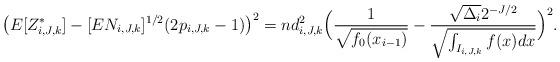
LaTeX: \begin{align*}\big(E[Z_{i,J,k}^{*}] - [EN_{i,J,k}]^{1/2} (2p_{i,J,k}-1)\big)^2&= n d_{i,J,k}^2\Big( \frac 1{\sqrt{f_0(x_{i-1})}} - \frac{\sqrt{\Delta_i} 2^{-J/2}}{\sqrt{\int_{I_{i,J,k}} f(x) dx}}\Big)^2.\end{align*}